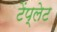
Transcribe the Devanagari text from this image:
टेंप्लेट